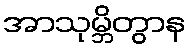
အာသုမ္ဘိတွာန